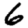
Digit: 6